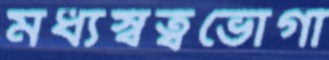
মধ্যস্বত্বভোগী